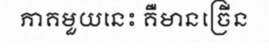
ភាគមួយនេះ គឺមានច្រើន